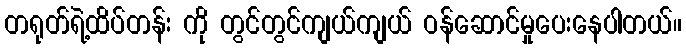
တရုတ်ရဲ့ထိပ်တန်း ကို တွင်တွင်ကျယ်ကျယ် ဝန်ဆောင်မှုပေးနေပါတယ်။